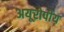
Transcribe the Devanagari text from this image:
अयूरोपीय